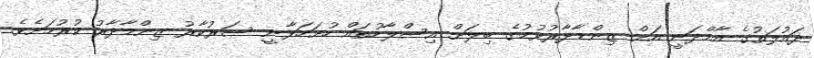
ދައުލަތުގެ އާމްދަނީ އަށް ޒިންމާދާރުވުމުގެ ބިލަށް އިސްލާހުތައް ހުށަހަޅާނީ ސަރުކާރު ޒިންމާދާރު ކުރުމަށެވެ.